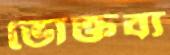
ভোক্তব্য